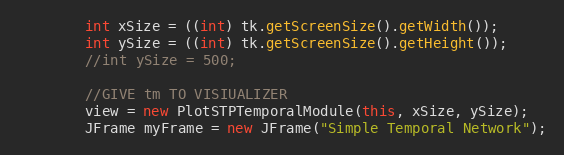
Language: Java
		int xSize = ((int) tk.getScreenSize().getWidth());
		int ySize = ((int) tk.getScreenSize().getHeight());
		//int ySize = 500;

		//GIVE tm TO VISIUALIZER
		view = new PlotSTPTemporalModule(this, xSize, ySize);
		JFrame myFrame = new JFrame("Simple Temporal Network");